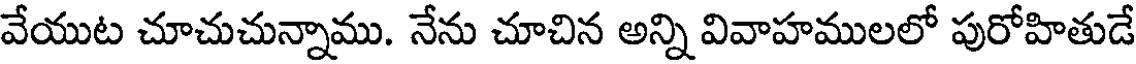
వేయుట చూచుచున్నాము. నేను చూచిన అన్ని వివాహములలో పురోహితుడే